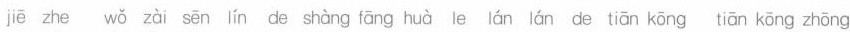
jiē zhe wǒ zài sēn lín de shàng fāng huà le lán lán de tiān kōng tiǎn kōng zhōng